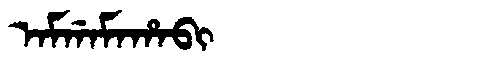
Manchu: ᠠᠮᡤᠠᠮᠠᡥᠠᠪᡳ
Romanization: AMGAMAHABI